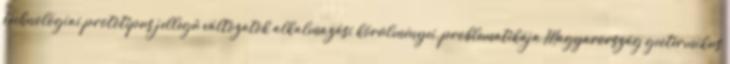
technológiai prototípus jellegű változatok alkalmazási körülményei, problematikája Magyarország geotermikus